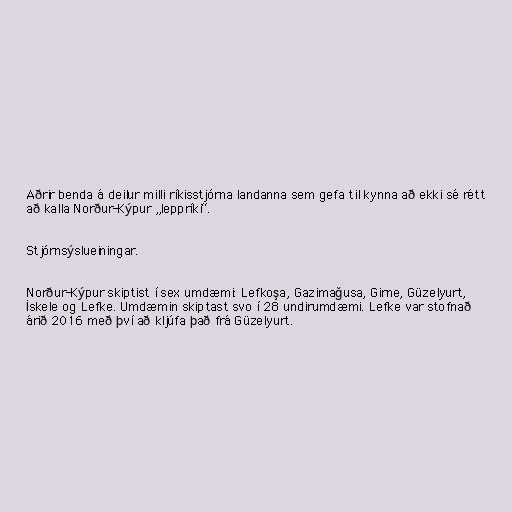
Aðrir benda á deilur milli ríkisstjórna landanna sem gefa til kynna að ekki sé rétt
að kalla Norður-Kýpur „leppríki“.

Stjórnsýslueiningar.

Norður-Kýpur skiptist í sex umdæmi: Lefkoşa, Gazimağusa, Girne, Güzelyurt,
İskele og Lefke. Umdæmin skiptast svo í 28 undirumdæmi. Lefke var stofnað
árið 2016 með því að kljúfa það frá Güzelyurt.